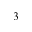
3